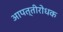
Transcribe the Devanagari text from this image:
आपत्तीरोधक